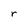
Character: r